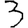
Digit: 3